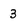
Character: 3